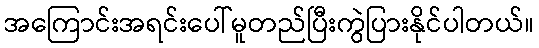
အကြောင်းအရင်းပေါ်မူတည်ပြီးကွဲပြားနိုင်ပါတယ်။